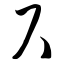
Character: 尺